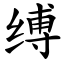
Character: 缚